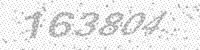
Solution: 163804